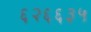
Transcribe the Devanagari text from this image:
६२६६३५